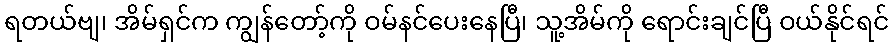
ရတယ်ဗျ၊ အိမ်ရှင်က ကျွန်တော့်ကို ဝမ်နင်ပေးနေပြီ၊ သူ့အိမ်ကို ရောင်းချင်ပြီ ဝယ်နိုင်ရင်